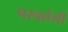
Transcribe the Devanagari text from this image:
परवर्तनी